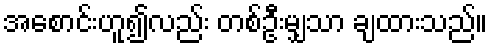
အစောင်းဟူ၍လည်း တစ်ဦးမျှသာ ချထားသည်။